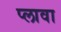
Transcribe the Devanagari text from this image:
प्लावा